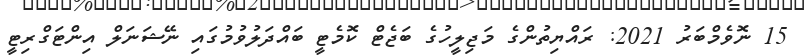
15 ނޮވެމްބަރު 2021: ރައްޔިތުންގެ މަޖިލީހުގެ ބަޖެޓް ކޮމެޓީ ބައްދަލުވުމުގައި ނޭޝަނަލް އިންޓަގްރިޓީ